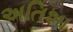
અતિશા